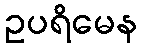
ဥပရိမေန